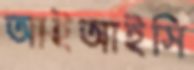
আইআইসি